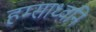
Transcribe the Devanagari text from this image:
हम्साध्वनि